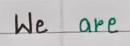
We   are